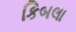
કિબલા